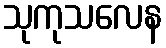
သုကုသလေန